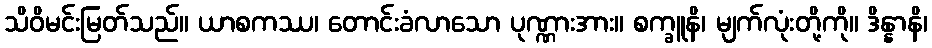
သိဝိမင်းမြတ်သည်။ ယာစကဿ၊ တောင်းခံလာသော ပုဏ္ဏားအား။ စက္ခူနိ၊ မျက်လုံးတို့ကို။ ဒိန္နာနိ၊